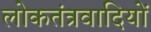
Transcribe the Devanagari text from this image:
लोकतंत्रवादियों